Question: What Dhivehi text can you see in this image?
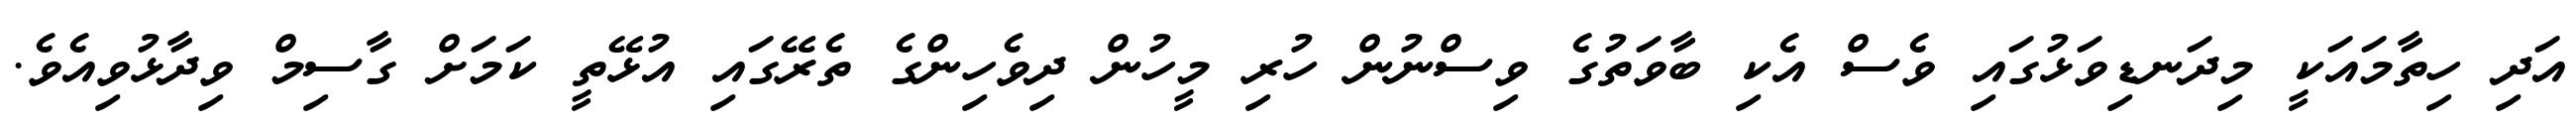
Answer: އަދި ހިތާމައަކީ މިދަނޑިވަޅުގައި ވެސް އެކި ބާވަތުގެ ވިސްނުން ހުރި މީހުން ދިވެހިންގެ ތެރޭގައި އުޅޭތީ ކަމަށް ގާސިމް ވިދާޅުވިއެވެ.